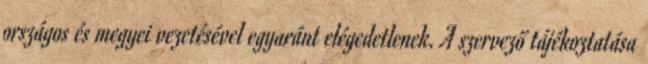
országos és megyei vezetésével egyaránt elégedetlenek. A szervező tájékoztatása